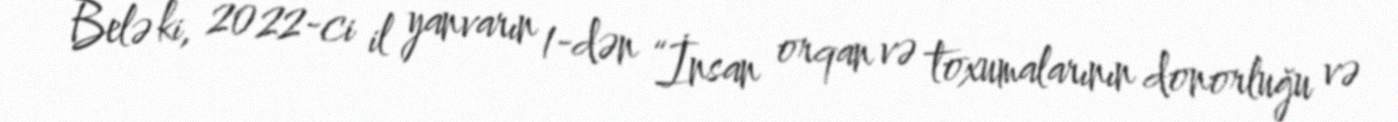
Belə ki, 2022-ci il yanvarın 1-dən “İnsan orqan və toxumalarının donorluğu və